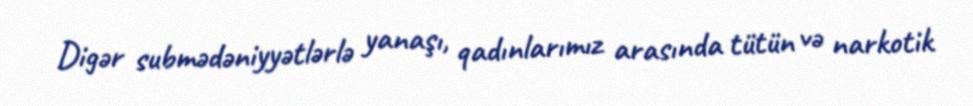
Digər submədəniyyətlərlə yanaşı, qadınlarımız arasında tütün və narkotik